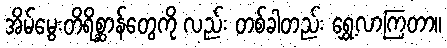
အိမ်မွေးတိရိစ္ဆာန်တွေကို လည်း တစ်ခါတည်း ရွှေ့လာကြတာ။